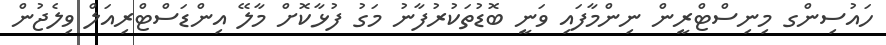
ހައުސިންގ މިނިސްްޓްރީން ނިންމާފައި ވަނީ ބޮޑުތަކުރުފާނު މަގު ފުޅާކޮށް މާލޭ އިންޑަސްޓްރިއަލް ވިލެޖުން